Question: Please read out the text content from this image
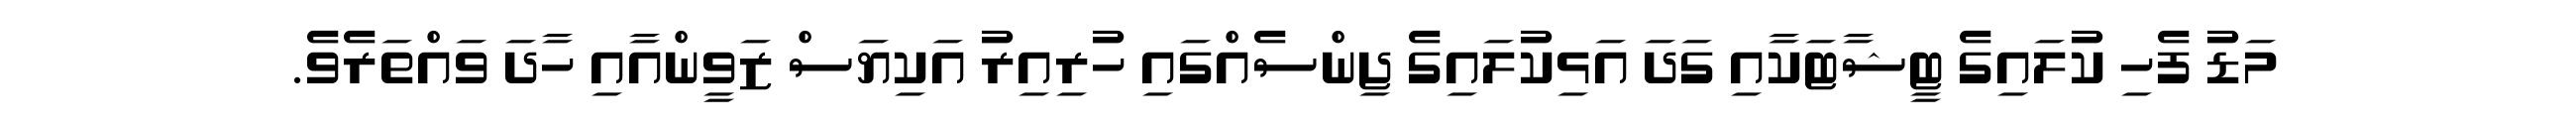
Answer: މަޑު ފެހި ކުލައިގެ ޓީޝާޓަކާއި ގަދަ އަޅިކުލައިގެ ޖިންސެއްގައި ހުރިއިރު އަކިޔަސް ޒަވީންއާއި ހާދަ ވައްތަރެވެ.